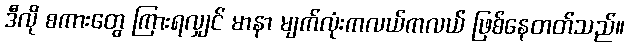
ဒီလို စကားတွေ ကြားရလျှင် မာနာ မျက်လုံးကလယ်ကလယ် ဖြစ်နေတတ်သည်။